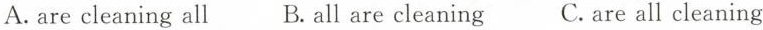
A.are cleaning all B.all are cleaning C.are all cleaning